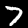
Digit: 7